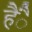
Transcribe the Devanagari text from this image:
हैंै